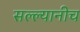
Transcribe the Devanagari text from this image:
सल्ल्यानीच